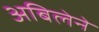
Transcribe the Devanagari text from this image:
अबिलेने